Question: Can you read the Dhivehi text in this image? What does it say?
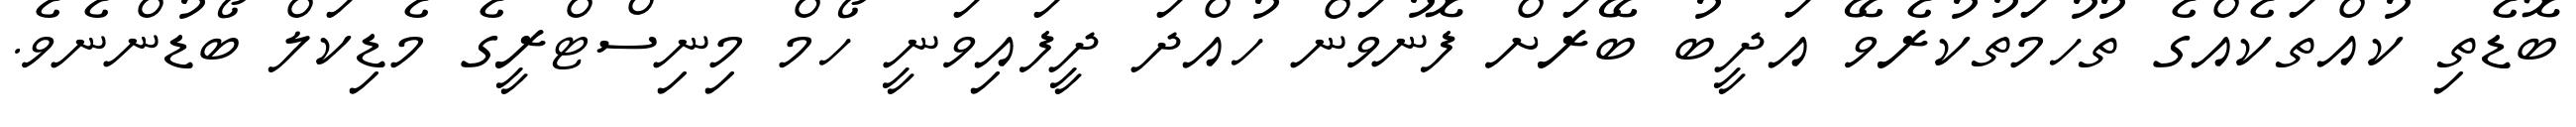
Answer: ބޮޑެތި ކުއްތަކެއްގެ ތުހުމަތުކުރެވޭ އަދީބު ބޭރަށް ފޮނުވަން ހުއްދަ ދީފައިވަނީ ހޯމް މިނިސްޓްރީގެ މެޑިކަލް ބޯޑުންނެވެ.